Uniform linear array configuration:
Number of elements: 12
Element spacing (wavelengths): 0.75
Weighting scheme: hamming
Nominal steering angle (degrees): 30
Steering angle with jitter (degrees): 28.437
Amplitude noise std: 0.05
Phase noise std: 0.05

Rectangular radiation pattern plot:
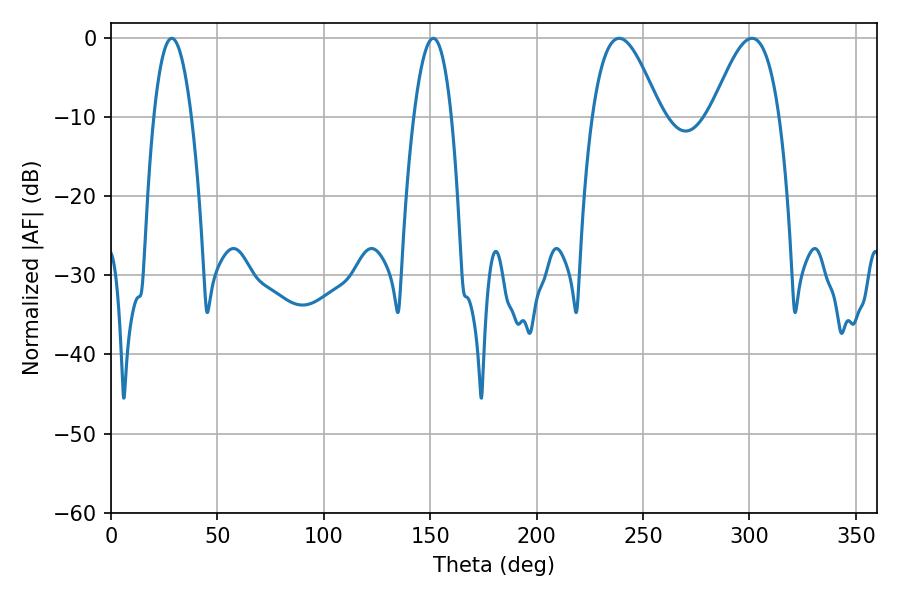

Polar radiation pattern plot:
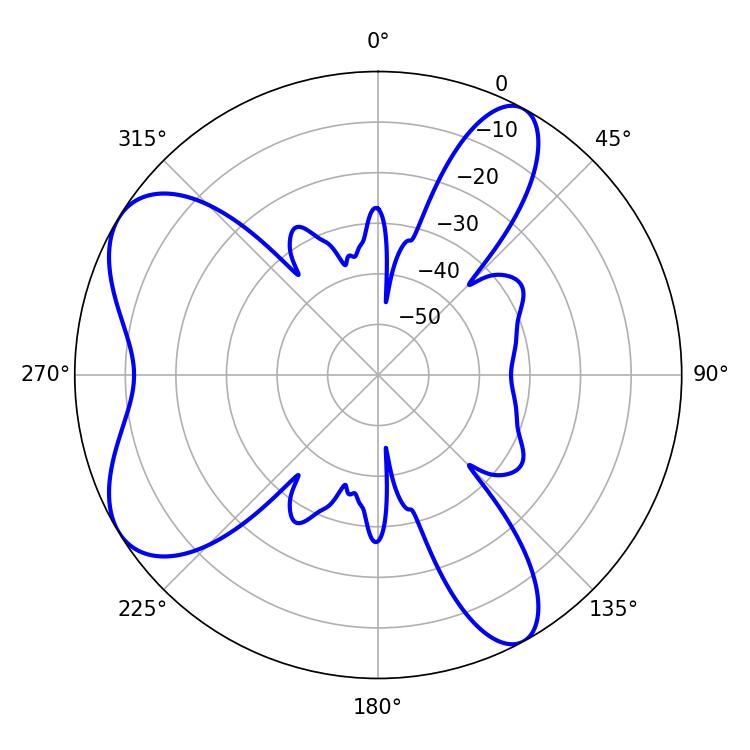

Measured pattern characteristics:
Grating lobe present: TRUE
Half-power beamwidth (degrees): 17.28
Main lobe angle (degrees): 238.86